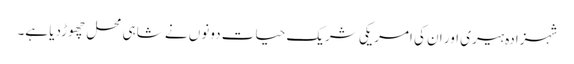
شہزادہ ہیری اور ان کی امریکی شریک حیات دونوں نے شاہی محل چھوڑدیا ہے۔